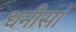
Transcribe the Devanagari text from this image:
धनीसां